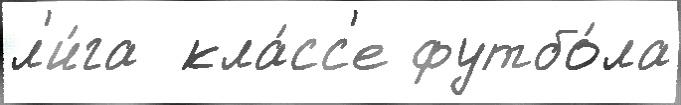
л'и́га  кла́сс'е футбо́ла